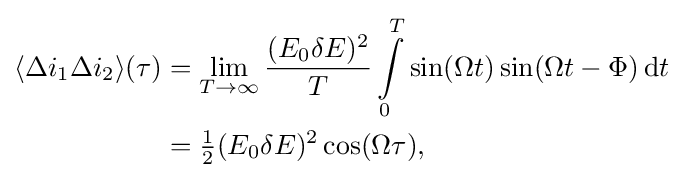
{\begin{aligned}\langle \Delta i_{1}\Delta i_{2}\rangle (\tau )&=\lim _{T\to \infty }{\frac {(E_{0}\delta E)^{2}}{T}}\int \limits _{0}^{T}\sin(\Omega t)\sin(\Omega t-\Phi )\,\mathrm {d} t\\&={\tfrac {1}{2}}(E_{0}\delta E)^{2}\cos(\Omega \tau ),\end{aligned}}